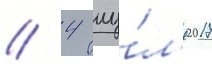
// 4 иу́л'я 2017